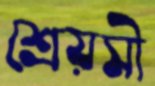
শ্রেয়সী